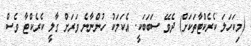
(މިކަހަލަ ކެރެކްޓާތަކަށް) ދެވޭ ސަބަބަކީ. އެކަމަކު ހުންނާނެ ވަރަށް ގާލީ ކެރެކްޓާ ވެސް